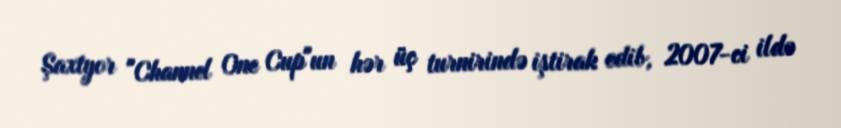
Şaxtyor "Channel One Cup"un hər üç turnirində iştirak edib, 2007-ci ildə